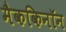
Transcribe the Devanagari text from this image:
मैककिनॉन